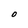
Character: O